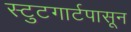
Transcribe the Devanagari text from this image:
स्टुटगार्टपासून